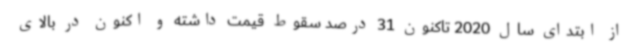
از ابتدای سال 2020 تاکنون 31 درصد سقوط قیمت داشته و اکنون در بالای